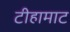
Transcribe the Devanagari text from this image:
टीहामाट